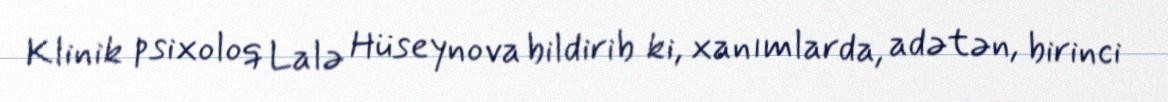
Klinik psixoloq Lalə Hüseynova bildirib ki, xanımlarda, adətən, birinci